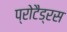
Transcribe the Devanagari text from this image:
प्रोटैड्रस